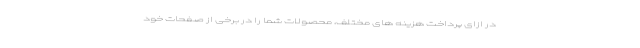
در ازای پرداخت هزینه های مختلف، محصولات شما را در برخی از صفحات خود